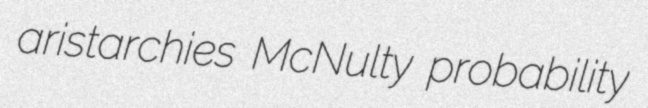
aristarchies McNulty probability